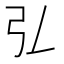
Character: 𢎞